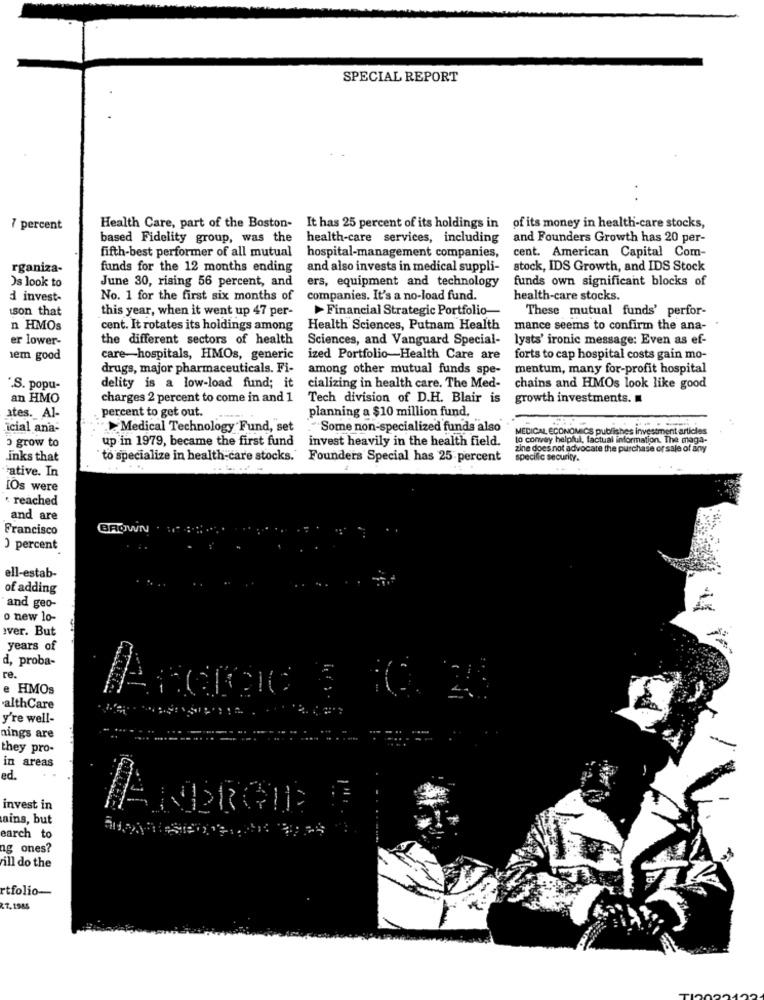
SPECIAL REPORT
7 percent
Health Care, part of the Boston- It has 25 percent of its holdings in
of its money in health-care stocks,
based Fidelity group, was the health-care services, including
and Founders Growth has 20 per-
fifth-best performer of all mutual hospital-management companies,
cent. American Capital Com-
rganiza-
funds for the 12 months ending
and also invests in medical suppli-
stock, IDS Growth, and IDS Stock
Os look to
June 30, rising 56 percent, and
ers, equipment and technology
funds own significant blocks of
d invest-
No. 1 for the first six months of
companies. It's a no-load fund.
health-care stocks.
ison that
Financial Strategic Portfolio
These mutual funds' perfor-
this year, when it went up 47 per-
n HMOs
cent. It rotates its holdings among
Health Sciences, Putnam Health
mance seems to confirm the ana- '
er lower-
the different sectors of health
Sciences, and Vanguard Special-
lysts' ironic message: Even as ef-
sem good
care-hospitals, HMOs, generic
ized Portfolio-Health Care are
forts to cap hospital costs gain mo-
drugs, major pharmaceuticals. Fi-
among other mutual funds spe-
mentum, many for-profit hospital
.S. popu-
delity is a low-load fund; it cializing in health care. The Med-
chains and HMOs look like good
an HMO
charges 2 percent to come in and 1
Tech division of D.H. Blair is
growth investments.
percent to get out.
planning a $10 million fund,
ates. Al-
icial ana-
Medical Technology Fund, set
Some non-specialized funds also
MEDICAL ECONOMICS publishes investment articles
up in 1979, became the first fund invest heavily in the health field.
to convey helpful, factual information. The maga-
3 grow to
zine does not advocate the purchase or sale of any
inks that
to specialize in health-care stocks.' Founders Special has 25 percent
specific security.
ative. In
IOs were
. reached
and are
Francisco
BROWN
) percent
ell-estab-
of adding
and geo-
o new lo-
aver. But
years of
d, proba-
re.
e HMOs
althCare
y're well-
nings are
-
they pro-
in areas
ed.
invest in
ains, but
earch to
ag ones?
ill do the
rtfolio-
27.1985